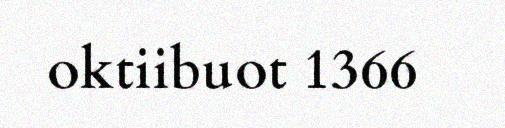
oktiibuot 1366